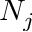
N _ { j }